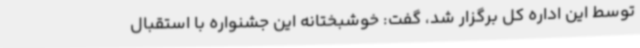
توسط این اداره کل برگزار شد، گفت: خوشبختانه این جشنواره با استقبال